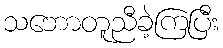
သဘောတူညီခဲ့ကြပြီး